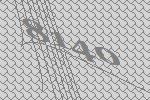
8140